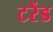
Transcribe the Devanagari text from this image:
टरेंड